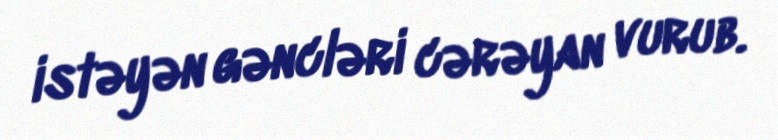
istəyən gəncləri cərəyan vurub.